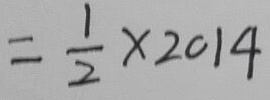
= \frac { 1 } { 2 } \times 2 0 1 4